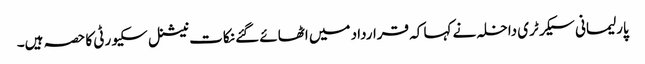
پارلیمانی سیکرٹری داخلہ نے کہا کہ قرارداد میں اٹھائے گئے نکات نیشنل سکیورٹی کا حصہ ہیں۔